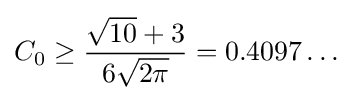
C_{0}\geq {\frac {{\sqrt {10}}+3}{6{\sqrt {2\pi }}}}=0.4097\ldots